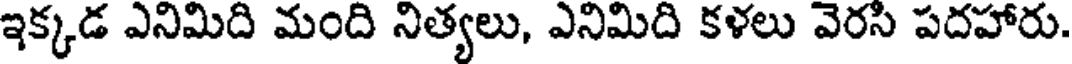
ఇక్కడ ఎనిమిది మంది నిత్యలు, ఎనిమిది కళలు వెరసి పదహారు